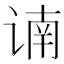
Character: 𲂐